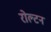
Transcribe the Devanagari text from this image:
रोल्टन